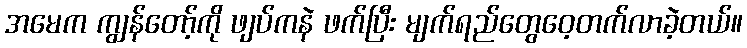
အမေက ကျွန်တော့်ကို ဖျပ်ကနဲ ဖက်ပြီး မျက်ရည်တွေဝေ့တက်လာခဲ့တယ်။